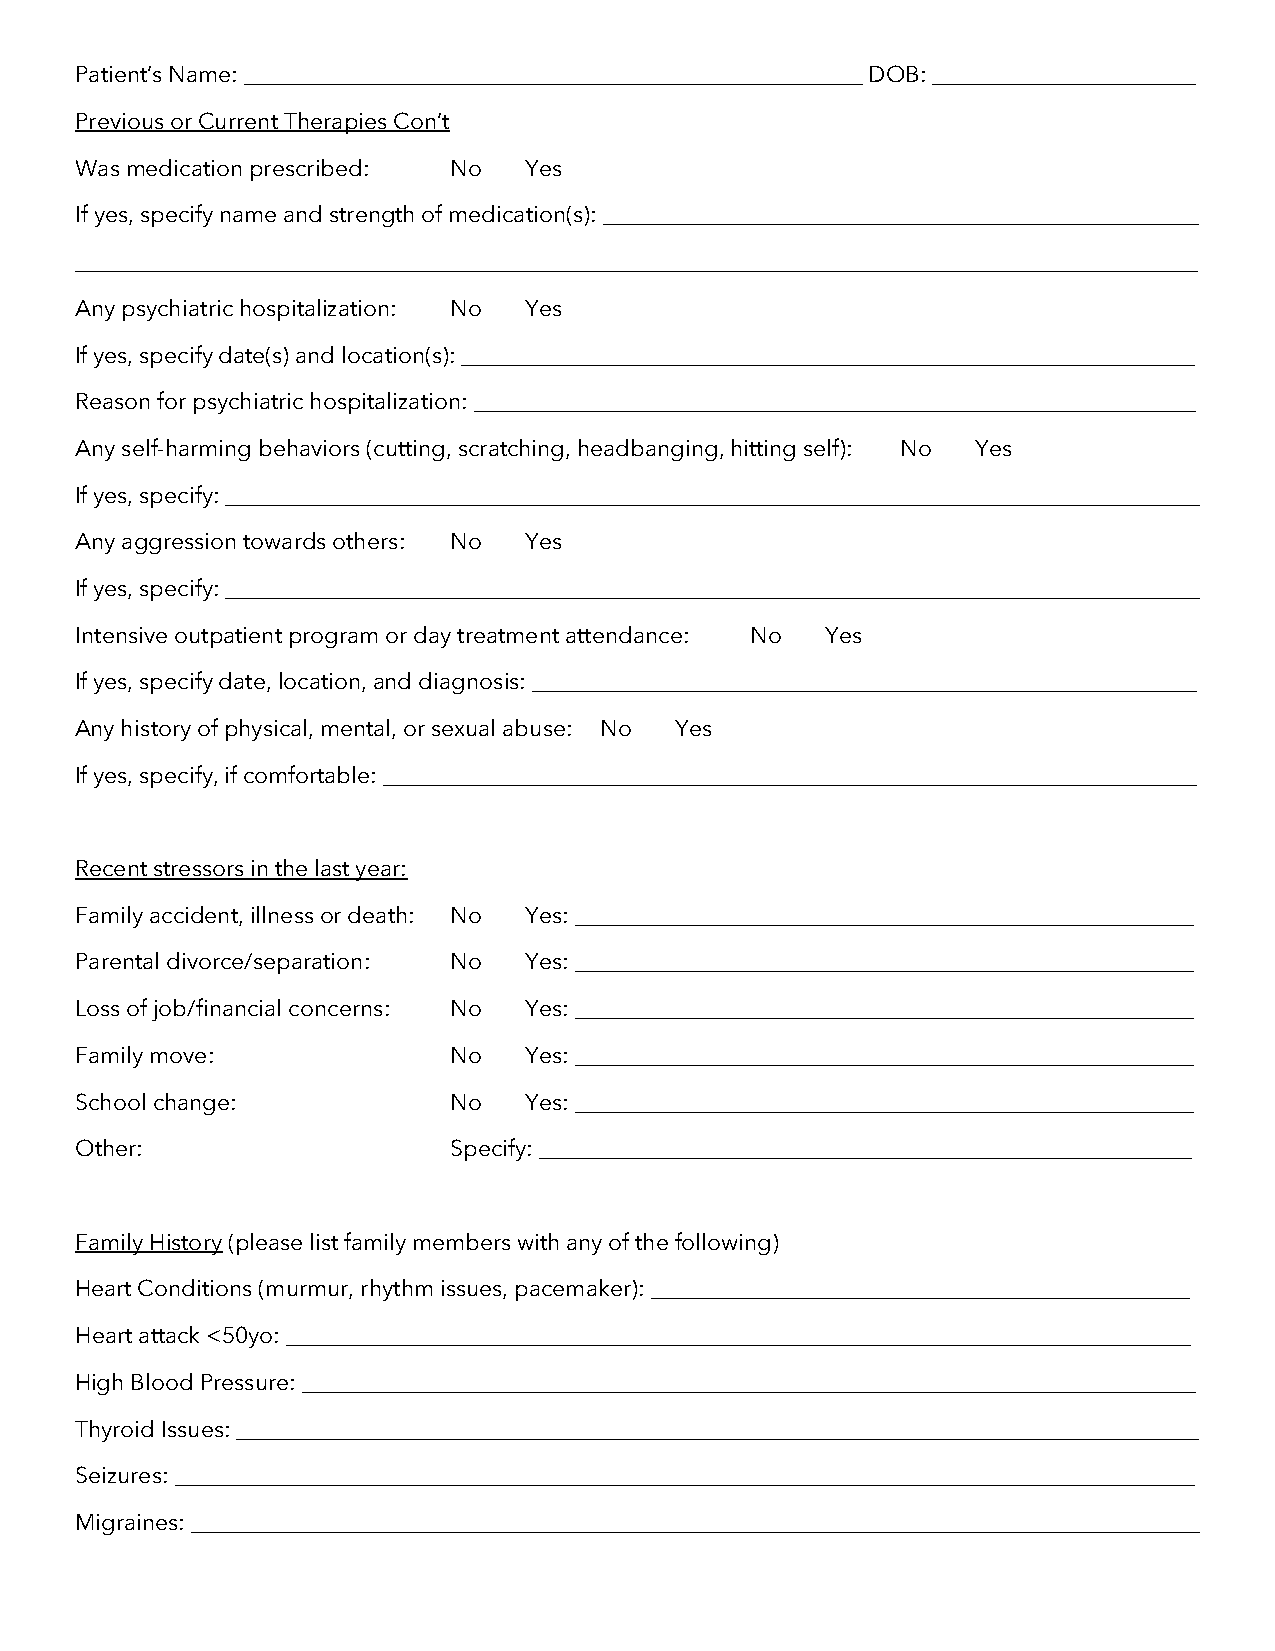
Patient’s Name: ______________________________________________________ DOB: _______________________
 Previous or Current Therapies Con’t
 Was medication prescribed: No Yes
 If yes, specify name and strength of medication(s): ____________________________________________________
 __________________________________________________________________________________________________
 Any psychiatric hospitalization: No Yes
 If yes, specify date(s) and location(s): ________________________________________________________________
 Reason for psychiatric hospitalization: _______________________________________________________________
 Any self-harming behaviors (cutting, scratching, headbanging, hitting self): No Yes
 If yes, specify: _____________________________________________________________________________________
 Any aggression towards others: No Yes
 If yes, specify: _____________________________________________________________________________________
 Intensive outpatient program or day treatment attendance: No Yes
 If yes, specify date, location, and diagnosis: __________________________________________________________
 Any history of physical, mental, or sexual abuse: No Yes
 If yes, specify, if comfortable: _______________________________________________________________________
 Recent stressors in the last year:
 Family accident, illness or death: No Yes: ______________________________________________________
 Parental divorce/separation: No Yes: ______________________________________________________
 Loss of job/financial concerns: No Yes: ______________________________________________________
 Family move:             No   Yes: ______________________________________________________
 School change:           No   Yes: ______________________________________________________
 Other:                   Specify: _________________________________________________________
 Family History (please list family members with any of the following)
 Heart Conditions (murmur, rhythm issues, pacemaker): _______________________________________________
 Heart attack <50yo: _______________________________________________________________________________
 High Blood Pressure: ______________________________________________________________________________
 Thyroid Issues: ____________________________________________________________________________________
 Seizures: _________________________________________________________________________________________
 Migraines: ________________________________________________________________________________________